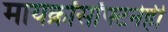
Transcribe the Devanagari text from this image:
मायक्रॉसॉफ्टनेही